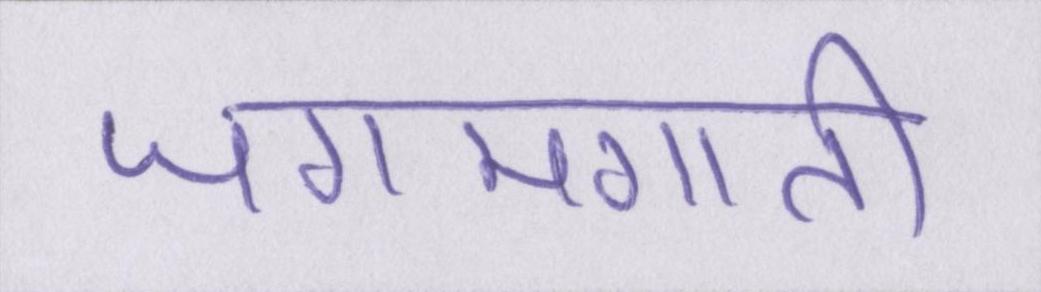
जगमगाती